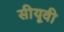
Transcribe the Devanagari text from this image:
सीयूवी